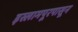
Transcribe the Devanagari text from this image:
इस्लामपूरपासून